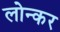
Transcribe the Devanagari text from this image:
लोन्कर